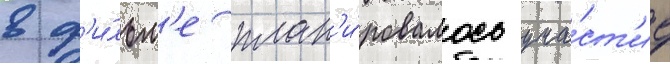
в ф'и́льм'е план'и́ровалось уча́ст'ие